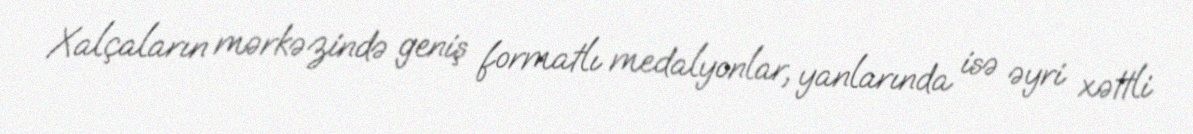
Xalçaların mərkəzində geniş formatlı medalyonlar, yanlarında isə əyri xəttli